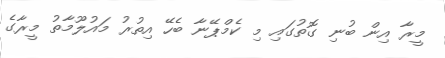
މީރާ އިން ބުނި ގޮތުގައި މި ކެމްޕޭނާ ބެހޭ އިތުރު މައުލޫމާތު މީރާގެ